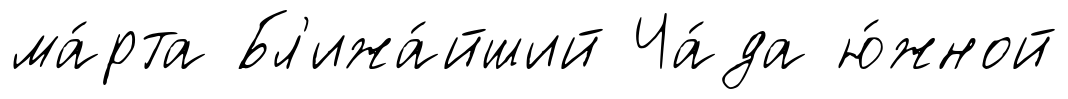
ма́рта Бл'ижа́йший Ча́да ю́жной